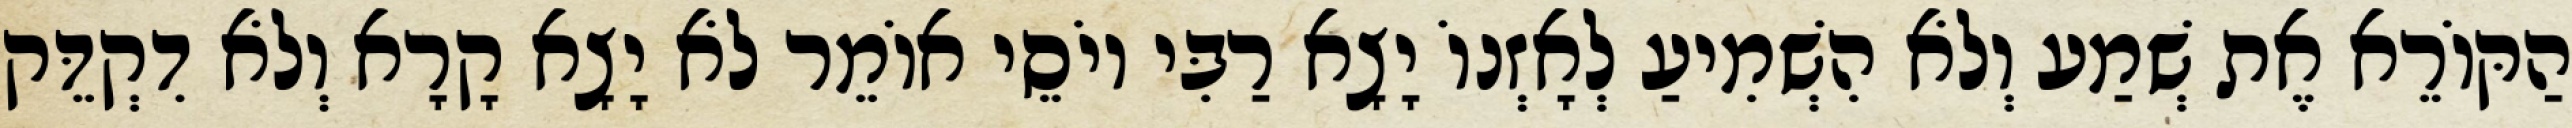
הַקּוֹרֵא אֶת שְׁמַע וְלֹא הִשְׁמִיעַ לְאָזְנוֹ יָצָא רַבִּי יוֹסֵי אוֹמֵר לֹא יָצָא קָרָא וְלֹא דִקְדֵּק